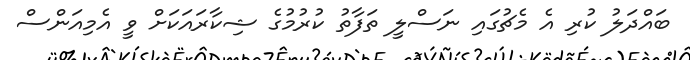
ބައްދަލު ކުރި އެ މެޗުގައި ނަސްލީ ތަފާތު ކުރުމުގެ ޝިކާރައަކަށް ވީ އެމިއަންސް